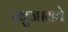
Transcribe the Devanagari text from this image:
खुजावते